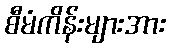
စီမံကိန်းများအား